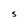
Character: S